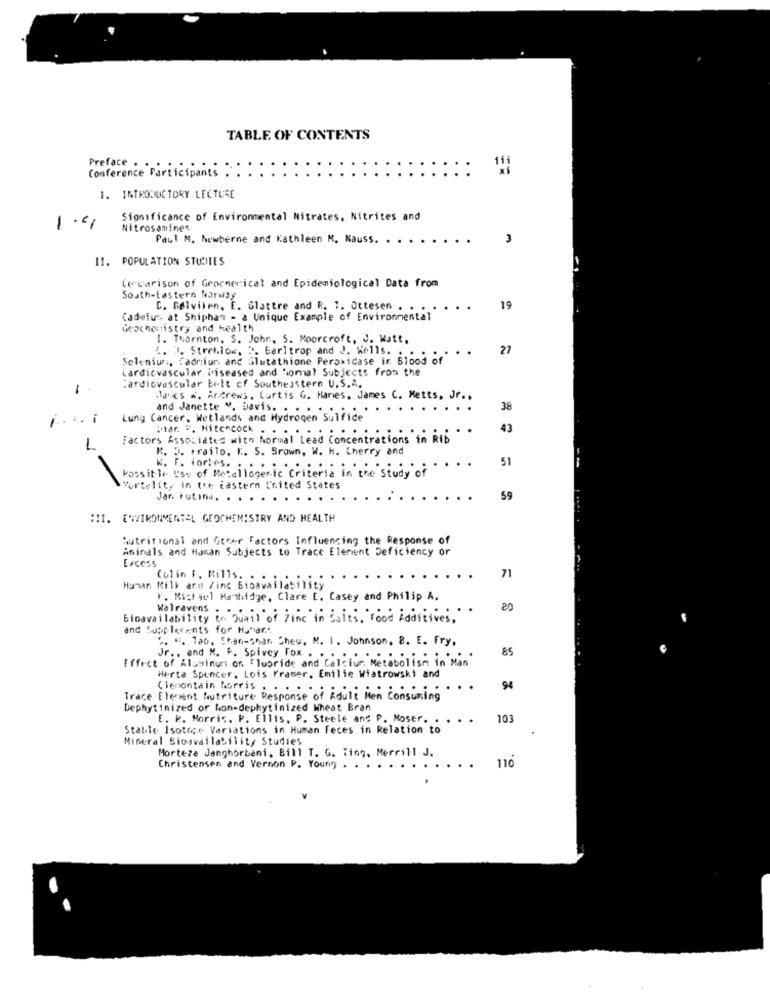
TABLE OF CONTENTS
Preface . .
Conference Participants
111
1. INTRODUCTORY LECTURE
Significance of Environmental Nitrates, Nitrites and
1.41
Nitrosamines
Paul M. Newberne and Kathleen M. Nauss.
3
11. POPULATION STUDIES
Cercarison of Grocmerical and Epidemiological Data from
South-Eastern Norway
C. Bølviben, E. Glattre and R. T. Ottesen . ....
. .
19
Cadeiu: at Shiphan - a Unique Example of Environmental
Geochemistry and health
I. Thornton, S. John, S. Moorcroft, J. Watt,
4. I. Streh.low, ". Earltrop and J. Kells. . . .
..
27
Seleniun ., Cadriur. and Glutathione Peroxidase in Blood of
Cardiovascular iriseased and homal Subjects fros the
Cardiovascular belt cf Southeastern U.S.A.
-
Maxs . Andrews, Curtis G. Hanes, James C. Metts, Jr ..
and Janette V. Davis. . . . . ..
38
Lung Cancer, Wetlands and Hydrogen Sulfide
bar. ". Hitchcock . . . . .. ..
...
43
Factors Associated with Normal Lead Concentrations in Rib
1
K. J. prailo. I. S. Brown, W. H. Cherry and
51
K. F. fortes. . . . . .
Possitiv Us: of Retellogeric Criteria in the Study of
Portelit, in the iastern United States
Jar. Putını. . . . .
.....
59
III. ENVIRONMENTAL GEOCHEMISTRY AND HEALTH
nutritional and Gteer Factors Influencing the Response of
Animals and Human Subjects to Trace Element Deficiency or
Excess
Colin F. Bills. . .
71
Human Kill ard /ine Bioavailability
Y. Michael Hambidge, Clare E. Casey and Philip A.
20
Bioavailability i. Quait of Time in faits, Food Additives,
and Supplerants for Hunare
5. “. Tab. Chan-shan Cheu. M. I. Johnson, 8. E. Fry,
85
Effect of Aluminum or Fluoride and Calcium. Metabolism in Man
Jr ., and M. P. Spivey Fox . . .
Herta Spencer, Lois Fraser. Emilie Wiatrowski and
Clemontain Morris . . . . ..
..
94
Trace Element Nutriture Response of Adult Men Con
Dephytinized or hon-dephytinized Wheat Bran
E. P. Morris. P. Ellis, P. Steele and P. Moser.
103
Stable Isotope Variations in Human Feces in Relation to
Mineral Sioavailability Studies
Morteza Janghorbani, Bill T. G. Ting, Merrill J.
110
Christensen and Vernon P. Young . . .